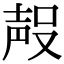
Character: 𭮶